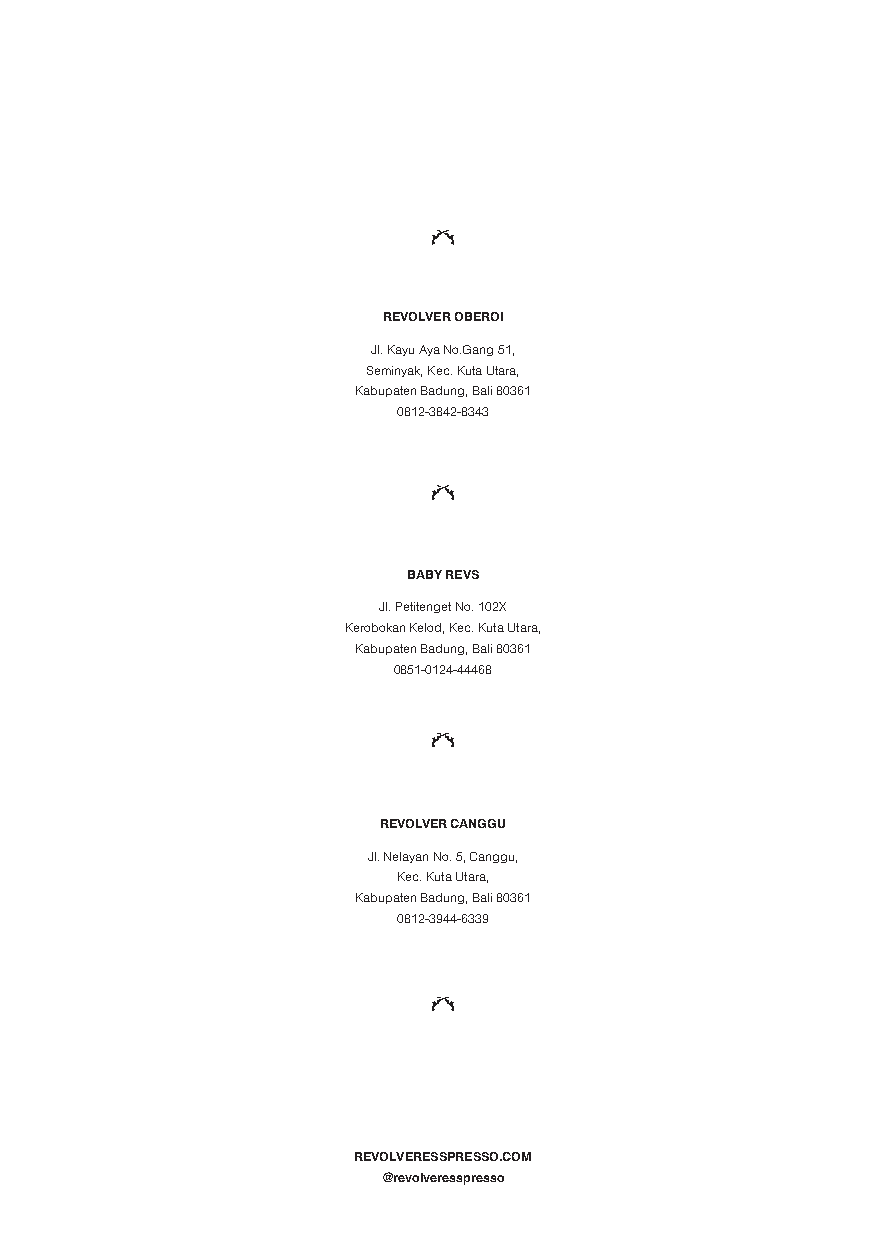
REVOLVER OBEROI
 Jl. Kayu Aya No.Gang 51,
 Seminyak, Kec. Kuta Utara,
 Kabupaten Badung, Bali 80361
 0812-3842-8343
 BABY REVS
 Jl. Petitenget No. 102X
 Kerobokan Kelod, Kec. Kuta Utara,
 Kabupaten Badung, Bali 80361
 0851-0124-44468
 REVOLVER CANGGU
 Jl. Nelayan No. 5, Canggu,
 Kec. Kuta Utara,
 Kabupaten Badung, Bali 80361
 0812-3944-6339
 REVOLVERESSPRESSO.COM
 @revolveresspresso